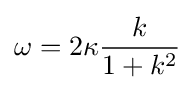
\omega =2\kappa {\frac {k}{1+k^{2}}}